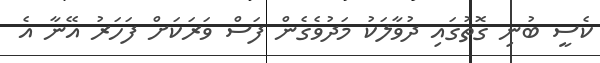
ކެސީ ބުނި ގޮތުގައި ދުވާލަކު މަދުވެގެން ފަސް ވަރަކަށް ފަހަރު އޭނާ އެ